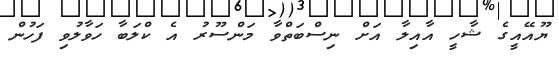
ޔޫއޭއީގެ ޝާހީ އާއިލާ އަށް ނިސްބަތްވާ މަންސޫރު އެ ކްލަބާ ހަވާލުވި ފަހުން